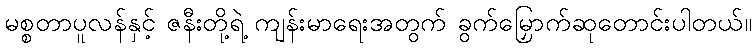
မစ္စတာပူလန်နှင့် ဇနီးတို့ရဲ့ ကျန်းမာရေးအတွက် ခွက်မြှောက်ဆုတောင်းပါတယ်။